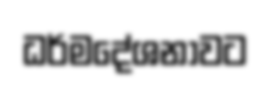
ධර්මදේශනාවට